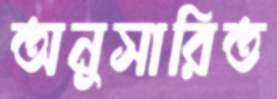
অনুসারিত